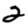
Digit: 2